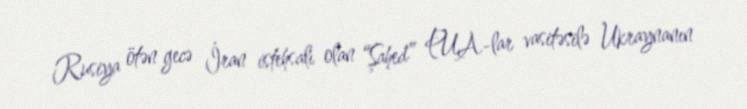
Rusiya ötən gecə İran istehsalı olan “Şahed” PUA-lar vasitəsilə Ukraynanın